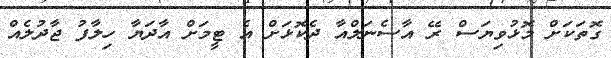
ގޮތަކަށް މޮޅުވިޔަސް ރޭ އާސެނަލްއާ ދެކޮޅަށް އެ ޓީމަށް އާދަޔާ ހިލާފު ޖާދުލެއް